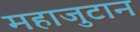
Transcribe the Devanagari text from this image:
महाजुटान